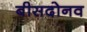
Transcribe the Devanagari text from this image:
बीसदोनव